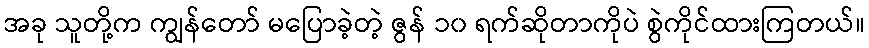
အခု သူတို့က ကျွန်တော် မပြောခဲ့တဲ့ ဇွန် ၁၀ ရက်ဆိုတာကိုပဲ စွဲကိုင်ထားကြတယ်။